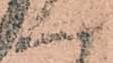
へ